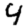
Digit: 4